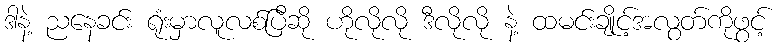
ဒါနဲ့ ညနေခင်း ရုံးမှာလူလစ်ပြီဆို ဟိုလိုလို ဒီလိုလို နဲ့ ထမင်းချိုင့်အလွတ်ကိုဖွင့်